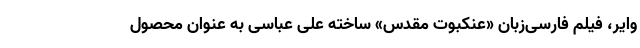
وایر، فیلم فارسی‌زبان «عنکبوت مقدس» ساخته علی عباسی به عنوان محصول